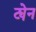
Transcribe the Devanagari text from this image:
ट्येन